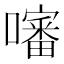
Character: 𡂹